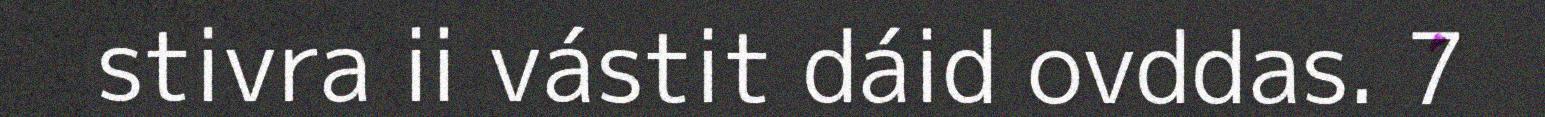
stivra ii vástit dáid ovddas. 7